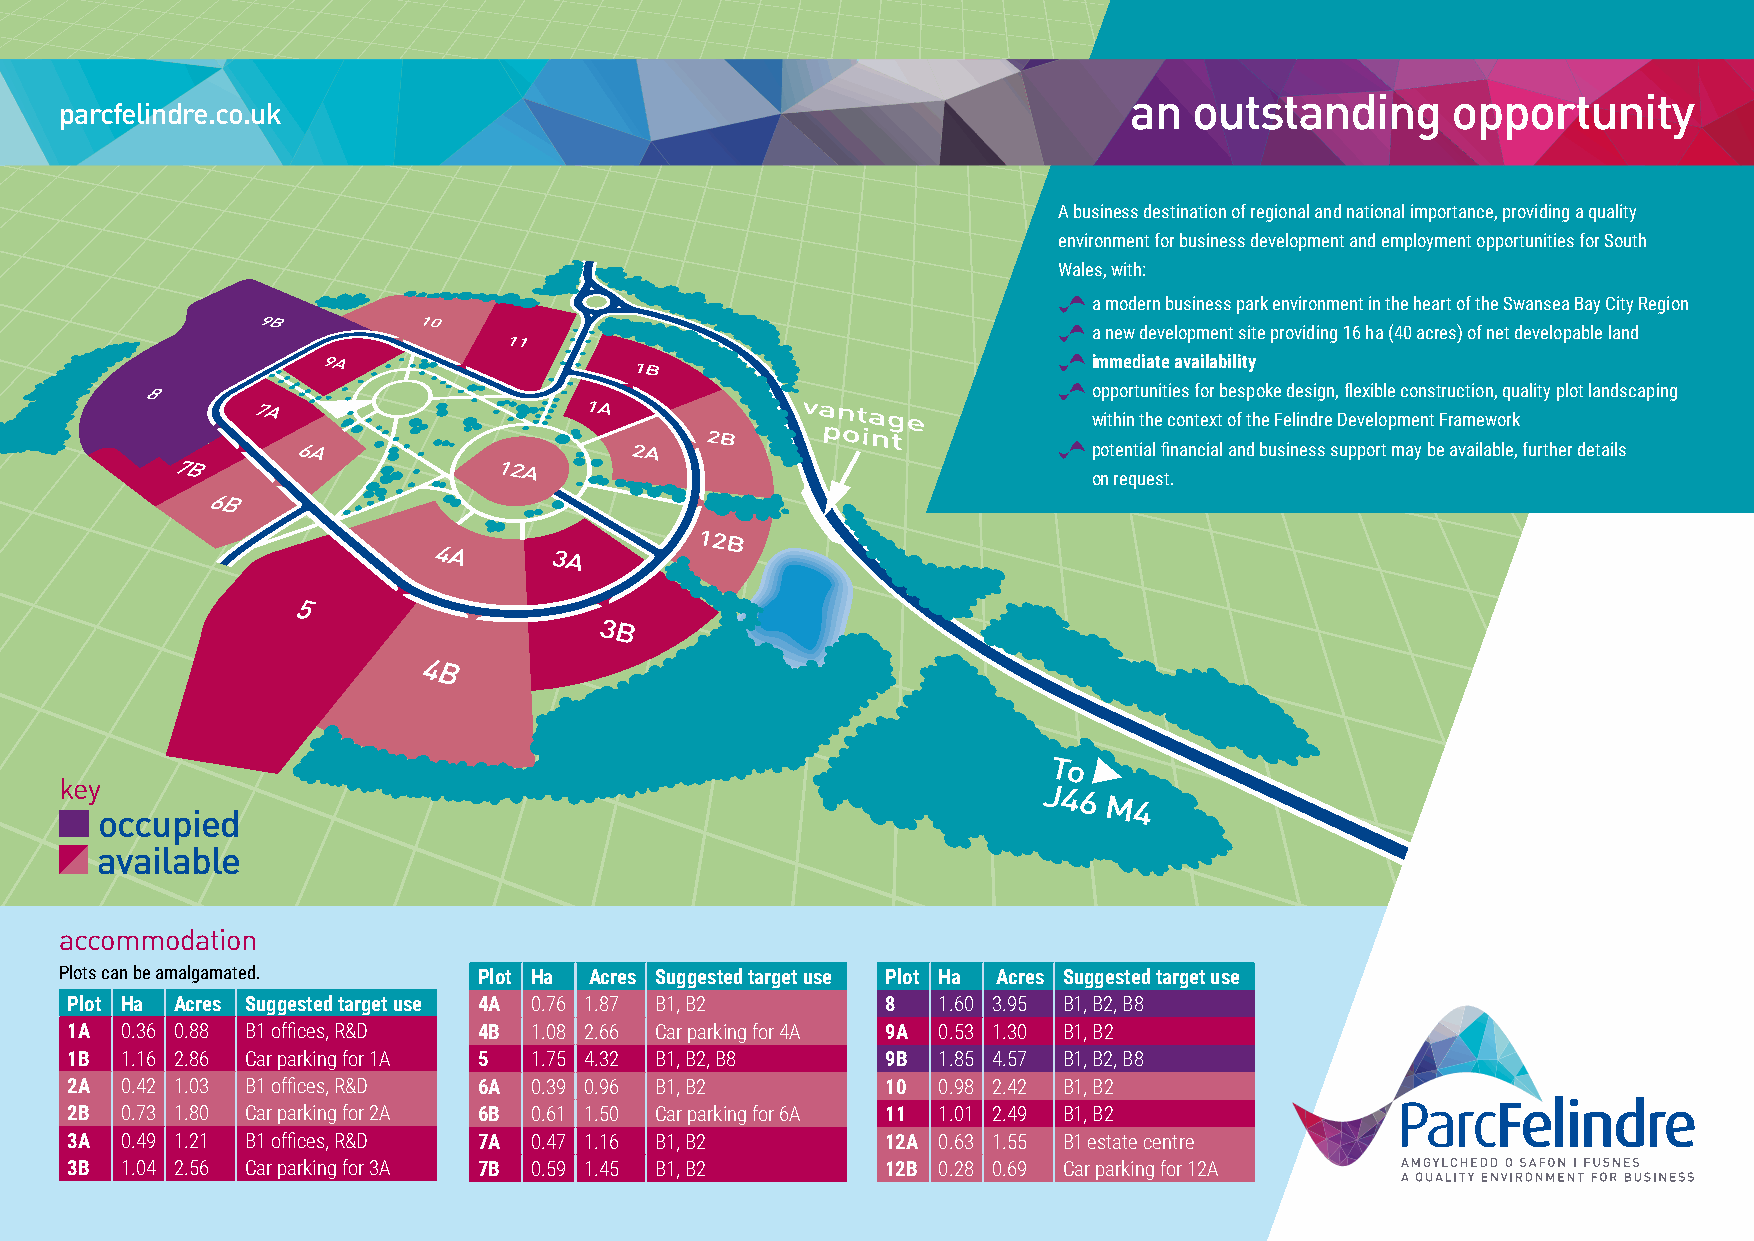
an  outstanding      opportunity
 parcfelindre.co.uk
 A business destination of regional and national importance, providing a quality
 environment for business development and employment opportunities for South
 Wales, with:
 a modern business park environment in the heart of the Swansea Bay City Region
 a new development site providing 16 ha (40 acres) of net developable land
 immediate availability
 opportunities for bespoke design, flexible construction, quality plot landscaping
 within the context of the Felindre Development Framework
 potential financial and business support may be available, further details
 on request.
 key
 occupied
 available
 accommodation
 Plots can be amalgamated.   Plot Ha Acres Suggested target use Plot Ha Acres Suggested target use
 Plot Ha Acres Suggested target use 4A 0.76 1.87 B1, B2 8  1.60 3.95 B1, B2, B8
 1A  0.36 0.88 B1 offices, R&D 4B 1.08 2.66 Car parking for 4A 9A 0.53 1.30 B1, B2
 1B  1.16 2.86 Car parking for 1A 5 1.75 4.32 B1, B2, B8 9B 1.85 4.57 B1, B2, B8
 2A  0.42 1.03 B1 offices, R&D 6A 0.39 0.96 B1, B2      10 0.98 2.42 B1, B2
 2B  0.73 1.80 Car parking for 2A 6B 0.61 1.50 Car parking for 6A 11 1.01 2.49 B1, B2
 3A  0.49 1.21 B1 offices, R&D 7A 0.47 1.16 B1, B2      12A 0.63 1.55 B1 estate centre
 3B  1.04 2.56 Car parking for 3A 7B 0.59 1.45 B1, B2   12B 0.28 0.69 Car parking for 12A